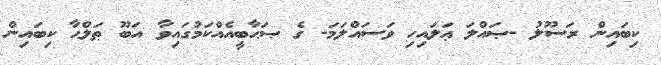
ކިބައިން ރަސޫލު -ޞައްލަ ޢަލައިހި ވަސައްލަމަ- ގެ ޞަޙާބީއެއްކަމުގައިވާ އަބޫ ޠަލްޙާ ކިބައިން